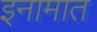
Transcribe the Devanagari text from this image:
इनामात